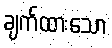
ချက်ထားသော